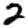
Digit: 2